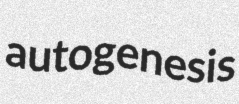
autogenesis